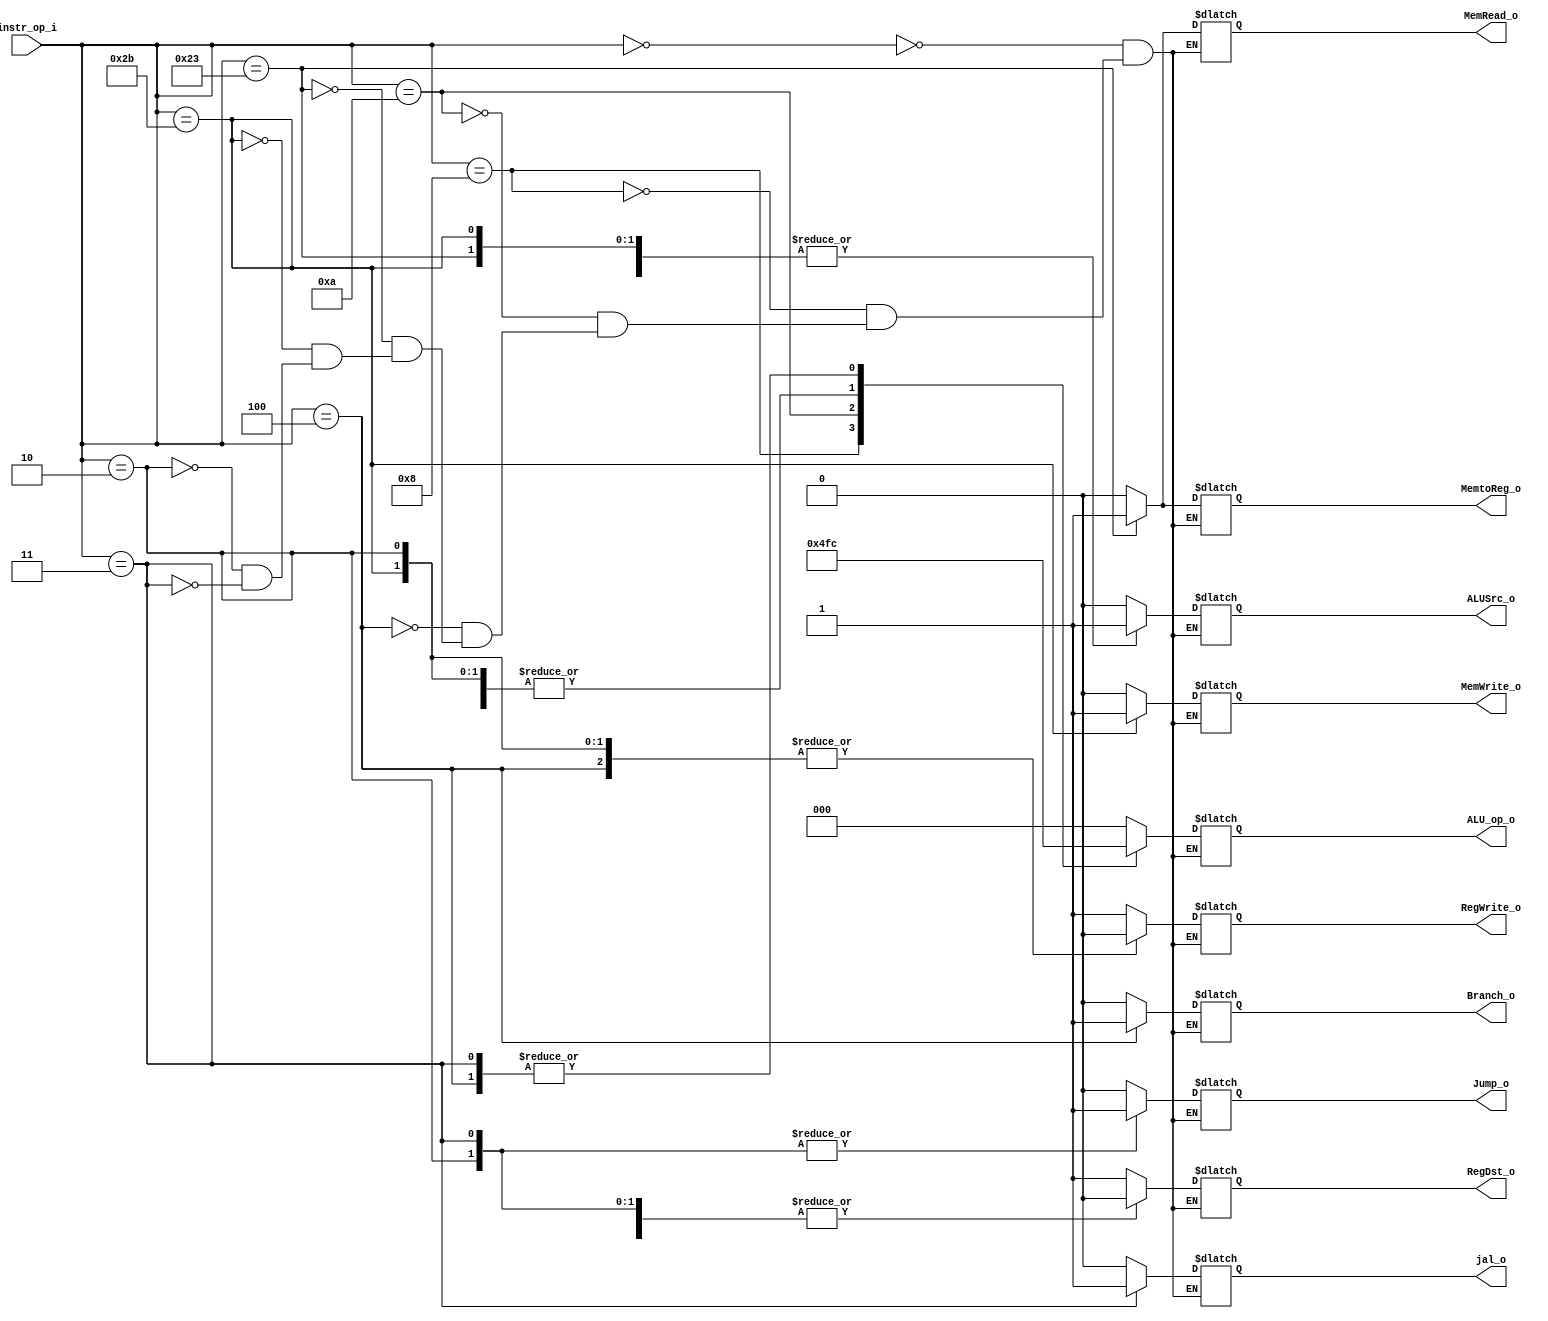
//Subject:     CO project 2 - Decoder
//--------------------------------------------------------------------------------
//Version:     1
//--------------------------------------------------------------------------------
//Writer:      Luke
//----------------------------------------------
//----------------------------------------------
//Description: 
//--------------------------------------------------------------------------------

module Decoder(
    instr_op_i,
	RegWrite_o,
	ALU_op_o,
	ALUSrc_o,
	RegDst_o,
	Branch_o, 

	Jump_o, 
	MemRead_o,
	MemWrite_o,
	MemtoReg_o,

	jal_o
	);
     
//I/O ports
input  [6-1:0] instr_op_i;

output         RegWrite_o;
output [3-1:0] ALU_op_o;
output         ALUSrc_o;
output         RegDst_o;
output         Branch_o;

output		   Jump_o;
output		   MemRead_o;
output  	   MemWrite_o;
output		   MemtoReg_o;

output 		   jal_o;
 
//Internal Signals
reg    [3-1:0] ALU_op_o;
reg            ALUSrc_o;
reg            RegWrite_o;
reg   		   RegDst_o;
reg            Branch_o;

reg 		   Jump_o;
reg    		   MemRead_o;
reg            MemWrite_o;
reg 		   MemtoReg_o;

reg 		   jal_o;
//Parameter
always @(*) begin
	case(instr_op_i)
		6'b000000 : begin // R-type
			RegWrite_o <= 1;
			ALU_op_o <= 3'b000;
			ALUSrc_o <= 0;
			RegDst_o <= 1;
			Branch_o <= 0;
			Jump_o <= 0;
			MemRead_o <= 0;
			MemWrite_o <= 0;
			MemtoReg_o <= 0;

			jal_o <= 0;	
		end

		6'b001000: begin // addi
			RegWrite_o <= 1;
			ALU_op_o <= 3'b010; 
			ALUSrc_o <= 1;
			RegDst_o <= 0;
			Branch_o <= 0;
			Jump_o <= 0;
			MemRead_o <= 0;
			MemWrite_o <= 0;
			MemtoReg_o <= 0;

			jal_o <= 0;

		end	

		6'b001010: begin // slti
			RegWrite_o <= 1;
			ALU_op_o <= 3'b011;
			ALUSrc_o <= 1;
			RegDst_o <= 0;
			Branch_o <= 0;

			Jump_o <= 0;
			MemRead_o <= 0;
			MemWrite_o <= 0;
			MemtoReg_o <= 0;

			jal_o <= 0;

		end

		6'b000100: begin // beq
			RegWrite_o <= 0;
			ALU_op_o <= 3'b100;
			ALUSrc_o <= 0;
			RegDst_o <= 0;
			Branch_o <= 1;

			Jump_o <= 0;
			MemRead_o <= 0;
			MemWrite_o <= 0;
			MemtoReg_o <= 0;

			jal_o <= 0;	

		end

		6'b100011: begin // lw
			RegWrite_o <= 1;
			ALU_op_o <= 3'b111;
			ALUSrc_o <= 1;
			RegDst_o <= 0;
			Branch_o <= 0;
			Jump_o <= 0;
			MemRead_o <= 1;
			MemWrite_o <= 0;
			MemtoReg_o <= 1;

			jal_o <= 0;
		
		end
		
		6'b101011: begin // sw
			RegWrite_o <= 0;
			ALU_op_o <= 3'b111;
			ALUSrc_o <= 1;
			RegDst_o <= 0;
			Branch_o <= 0;
			Jump_o <= 0;
			MemRead_o <= 0;
			MemWrite_o <= 1;
			MemtoReg_o <= 0;

			jal_o <= 0;
		
		end
		
		6'b000010: begin // jump
			RegWrite_o <= 0;
			ALU_op_o <= 3'b111;
			ALUSrc_o <= 0;
			RegDst_o <= 0;
			Branch_o <= 0;
			Jump_o <= 1;
			MemRead_o <= 0;
			MemWrite_o <= 0;
			MemtoReg_o <= 0;

			jal_o <= 0;
		
		end

		6'b000011: begin // jal
			RegWrite_o <= 1;
			ALU_op_o <= 3'b100;
			ALUSrc_o <= 0;
			RegDst_o <= 0;
			Branch_o <= 0;
			Jump_o <= 1;
			MemRead_o <= 0;
			MemWrite_o <= 0;
			MemtoReg_o <= 0;

			jal_o <= 1;
			
		end
	
	endcase

end

//Main function

endmodule